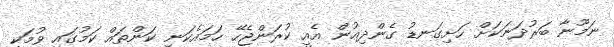
ނަމޫނާ ބަރުދަނަކަށް ހަށިގަނޑު ގެންދިއުން އެއީ ކުރަންޖެހޭ ހަމައެކަނި ކަންތައް ކަމުގައި ވުމަކީ